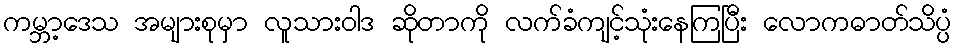
ကမ္ဘာ့ဒေသ အများစုမှာ လူသားဝါဒ ဆိုတာကို လက်ခံကျင့်သုံးနေကြပြီး လောကဓာတ်သိပ္ပံ